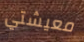
معيشتي